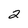
Character: 2